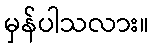
မှန်ပါသလား။